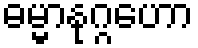
ဓမ္မာနုဂ္ဂဟော